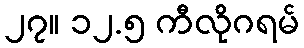
၂၇။ ၁၂.၅ ကီလိုဂရမ်